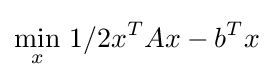
{\underset {x}{\operatorname {min} }}\ 1/2x^{T}Ax-b^{T}x